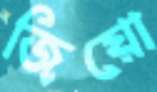
জিয়ো